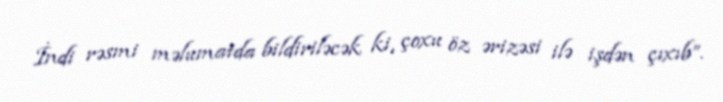
İndi rəsmi məlumatda bildiriləcək ki, çoxu öz ərizəsi ilə işdən çıxıb”.